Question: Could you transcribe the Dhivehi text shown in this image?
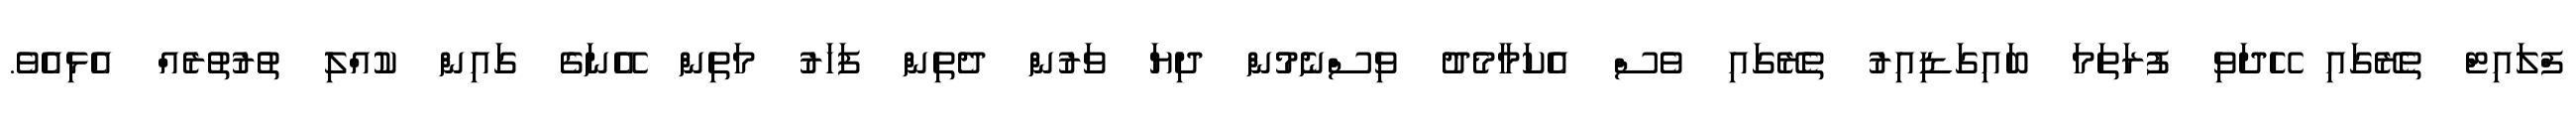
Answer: ފްލައިޓް ތެރޭގައި ހޭދަވި ފުރަތަމަ ބައިގަޑިއިރު ތެރޭގައި ވެސް އެކަމާމެދު ވިސްނެމުން ދިޔަ ވަރުން ދެތިން ފަހަރު މަތިން އޭނަގެ ގައިން ކުއްލި ތުރުތުރެއް އެޅިއެވެ.